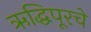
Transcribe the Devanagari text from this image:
ऋद्धिपूरचे